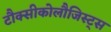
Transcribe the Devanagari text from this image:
टौक्सीकोलौजिस्ट्स